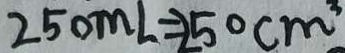
2 5 0 m l = 2 5 0 c m ^ { 3 }